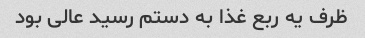
ظرف یه ربع غذا به دستم رسید عالی بود